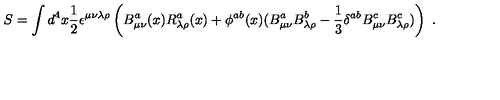
S = \int d ^ { 4 } x \frac { 1 } { 2 } \epsilon ^ { \mu \nu \lambda \rho } \left( B _ { \mu \nu } ^ { a } ( x ) R _ { \lambda \rho } ^ { a } ( x ) + \phi ^ { a b } ( x ) ( B _ { \mu \nu } ^ { a } B _ { \lambda \rho } ^ { b } - \frac { 1 } { 3 } \delta ^ { a b } B _ { \mu \nu } ^ { c } B _ { \lambda \rho } ^ { c } ) \right) \ .